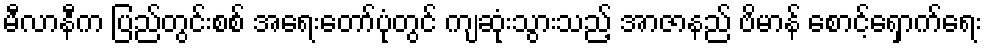
မီလာနီက ပြည်တွင်းစစ် အရေးတော်ပုံတွင် ကျဆုံးသွားသည့် အာဇာနည် ဗိမာန် စောင့်ရှောက်ရေး